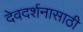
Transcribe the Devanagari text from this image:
देवदर्शनासाठी